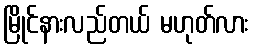
မြိုင်နားလည်တယ် မဟုတ်လား